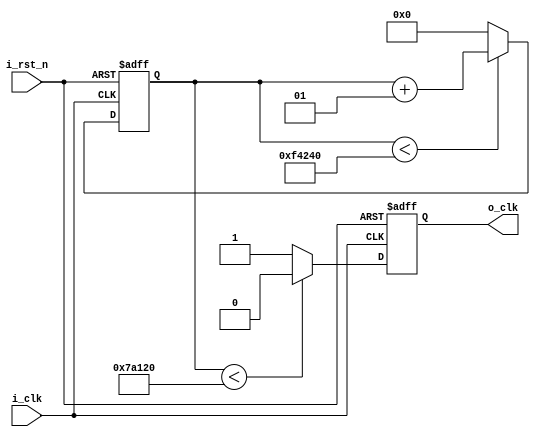
`timescale 1ns / 1ps
//////////////////////////////////////////////////////////////////////////////////
// Company: 
// Engineer: 
// 
// Design Name: 
// Module Name: clk_divider_100Hz
// Project Name: 
// Target Devices: 
// Tool Versions: 
// Description: 
// 
// Dependencies: 
// 
// Revision:
// Revision 0.01 - File Created
// Additional Comments:
// 
//////////////////////////////////////////////////////////////////////////////////


module clk_divider_100Hz(
    input i_clk,
    input i_rst_n,
    output reg o_clk
    );
    
    parameter FREQ = 100;
    parameter SOURCE_CLOCK = 100000000;
    parameter SOURCE_CLOCK_HALF = 50000000;
    integer max_cnt  = SOURCE_CLOCK / FREQ;
    integer half_cnt = SOURCE_CLOCK_HALF / FREQ;
    integer cnt;
    
    always@( negedge i_rst_n or posedge i_clk ) begin	//clock divider for visual clock
        if( !i_rst_n ) begin
            cnt <= 0;
            o_clk <= 1'b0;  
        end else begin
            if( cnt < max_cnt ) begin
                cnt <= cnt+1;
            end else begin
                cnt <= 0;
            end
            
            if( cnt < half_cnt ) begin
                o_clk <= 1'b0;
            end else begin
                o_clk <= 1'b1;
            end
        end
    end
endmodule